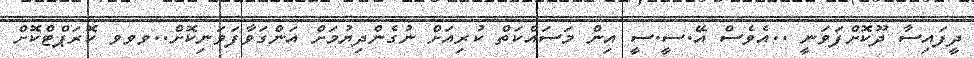
ދީފައިސާ ދޫކޮށްފަވަނީ ..އެވެސް އޭ.ސީ.ސީ އިން މަސައްކަތް ކުރިއަށް ނުގެންދިޔުމަށް އަންގަވާފަވަނިކޮށް..ވވވ ކޮރަޕްޓްކޮށް